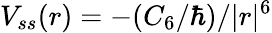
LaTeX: V_{ss}(r)=-(C_{6}/\hbar)/|r|^{6}